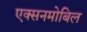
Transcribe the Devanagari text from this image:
एक्सनमोबिल